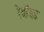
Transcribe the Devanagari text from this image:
रेबॉयड